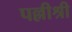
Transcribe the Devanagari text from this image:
पल्लीश्री